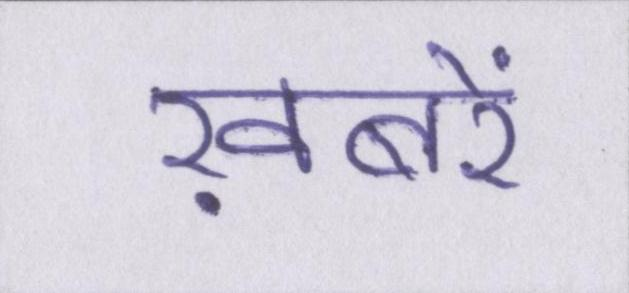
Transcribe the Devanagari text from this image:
ख़बरें